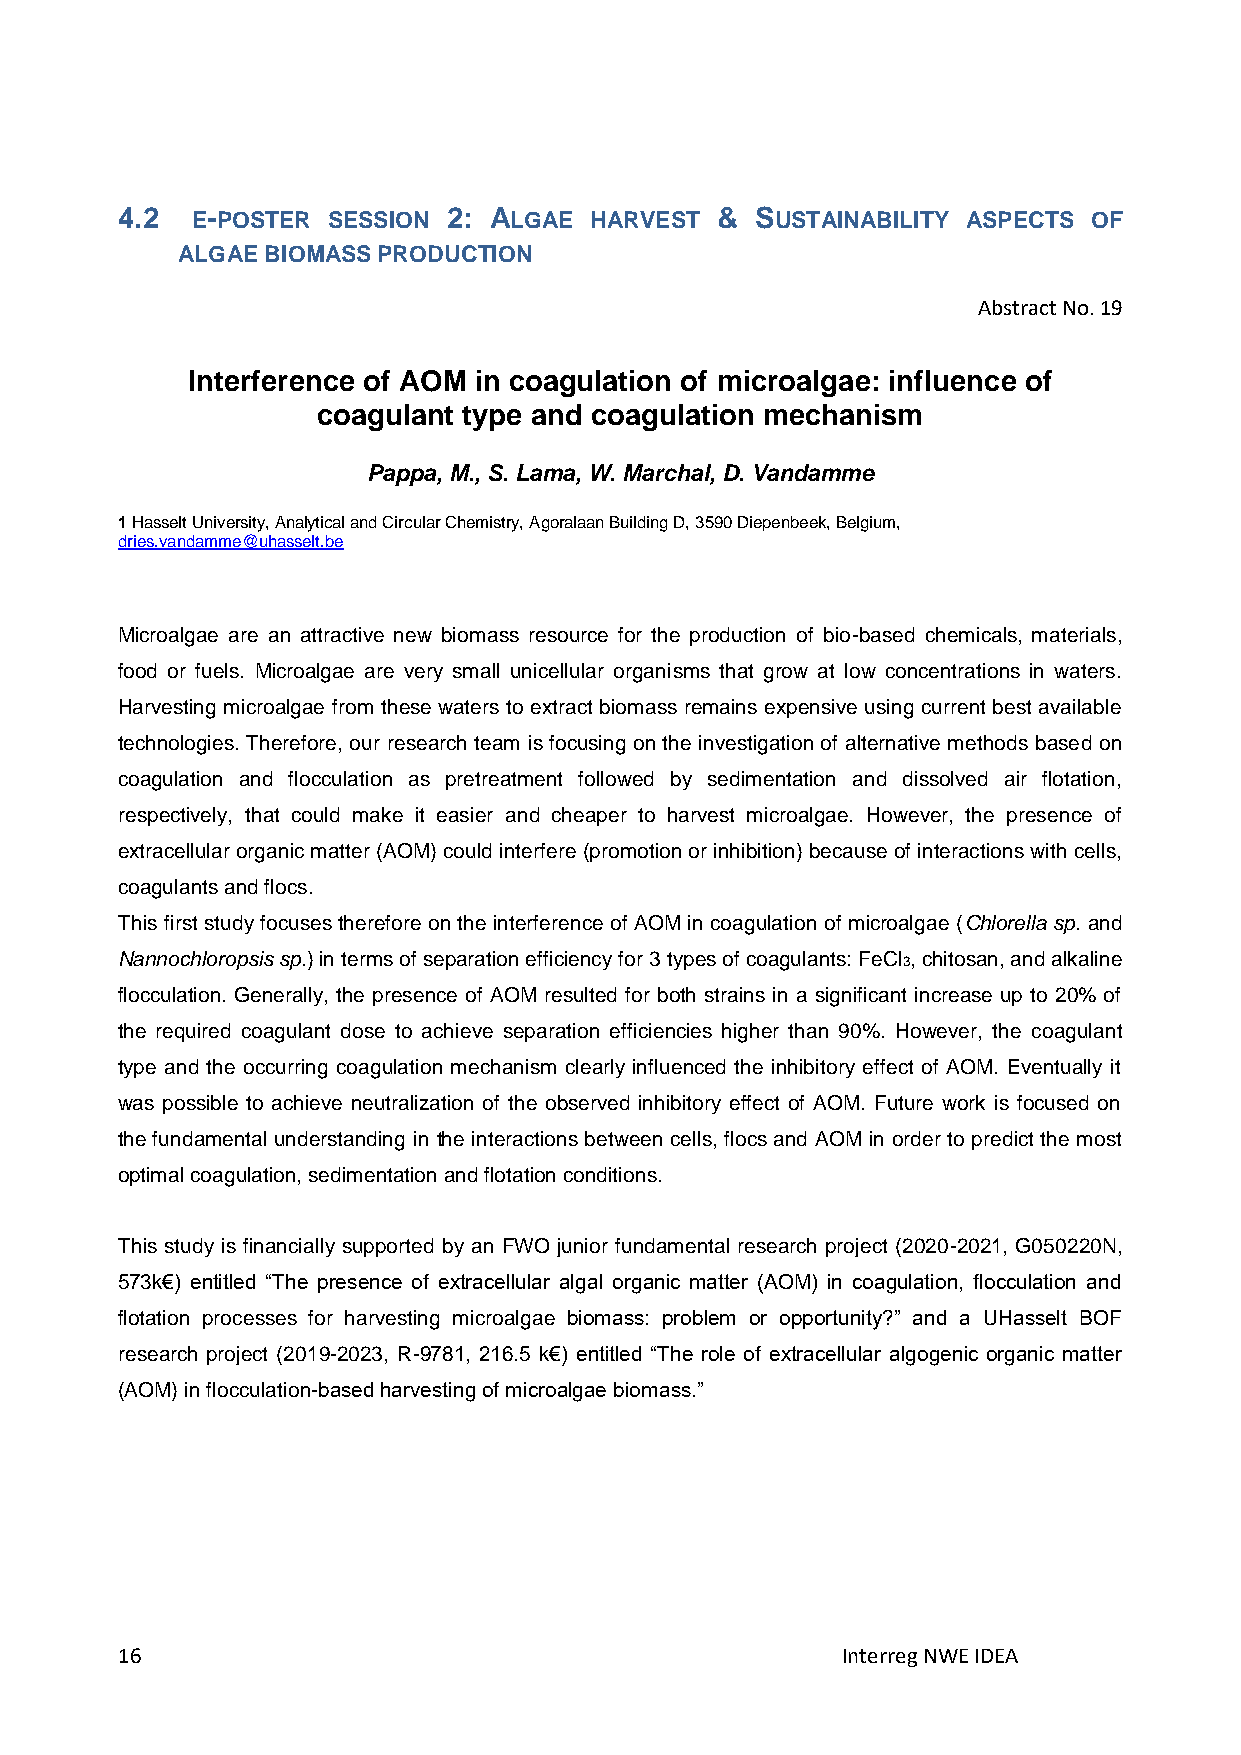
4.2  E-POSTER SESSION 2: ALGAE HARVEST &  SUSTAINABILITY ASPECTS OF
 ALGAE BIOMASS PRODUCTION
 Abstract No. 19
 Interference of AOM in coagulation of microalgae: influence of
 coagulant type and coagulation mechanism
 Pappa, M., S. Lama, W. Marchal, D. Vandamme
 1 Hasselt University, Analytical and Circular Chemistry, Agoralaan Building D, 3590 Diepenbeek, Belgium,
 dries.vandamme@uhasselt.be
 Microalgae are an attractive new biomass resource for the production of bio-based chemicals, materials,
 food or fuels. Microalgae are very small unicellular organisms that grow at low concentrations in waters.
 Harvesting microalgae from these waters to extract biomass remains expensive using current best available
 technologies. Therefore, our research team is focusing on the investigation of alternative methods based on
 coagulation and flocculation as pretreatment followed by sedimentation and dissolved air flotation,
 respectively, that could make it easier and cheaper to harvest microalgae. However, the presence of
 extracellular organic matter (AOM) could interfere (promotion or inhibition) because of interactions with cells,
 coagulants and flocs.
 This first study focuses therefore on the interference of AOM in coagulation of microalgae (Chlorella sp. and
 Nannochloropsis sp.) in terms of separation efficiency for 3 types of coagulants: FeCl3, chitosan, and alkaline
 flocculation. Generally, the presence of AOM resulted for both strains in a significant increase up to 20% of
 the required coagulant dose to achieve separation efficiencies higher than 90%. However, the coagulant
 type and the occurring coagulation mechanism clearly influenced the inhibitory effect of AOM. Eventually it
 was possible to achieve neutralization of the observed inhibitory effect of AOM. Future work is focused on
 the fundamental understanding in the interactions between cells, flocs and AOM in order to predict the most
 optimal coagulation, sedimentation and flotation conditions.
 This study is financially supported by an FWO junior fundamental research project (2020-2021, G050220N,
 573k€) entitled “The presence of extracellular algal organic matter (AOM) in coagulation, flocculation and
 flotation processes for harvesting microalgae biomass: problem or opportunity?” and a UHasselt BOF
 research project (2019-2023, R-9781, 216.5 k€) entitled “The role of extracellular algogenic organic matter
 (AOM) in flocculation-based harvesting of microalgae biomass.”
 16                                              Interreg NWE IDEA